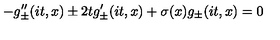
- g _ { \pm } ^ { \prime \prime } ( i t , x ) \pm 2 t g _ { \pm } ^ { \prime } ( i t , x ) + \sigma ( x ) g _ { \pm } ( i t , x ) = 0